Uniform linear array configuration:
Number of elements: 48
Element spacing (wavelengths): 1
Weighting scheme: hann
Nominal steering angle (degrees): -30
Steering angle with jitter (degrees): -28.533
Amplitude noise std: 0.05
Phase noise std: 0.05

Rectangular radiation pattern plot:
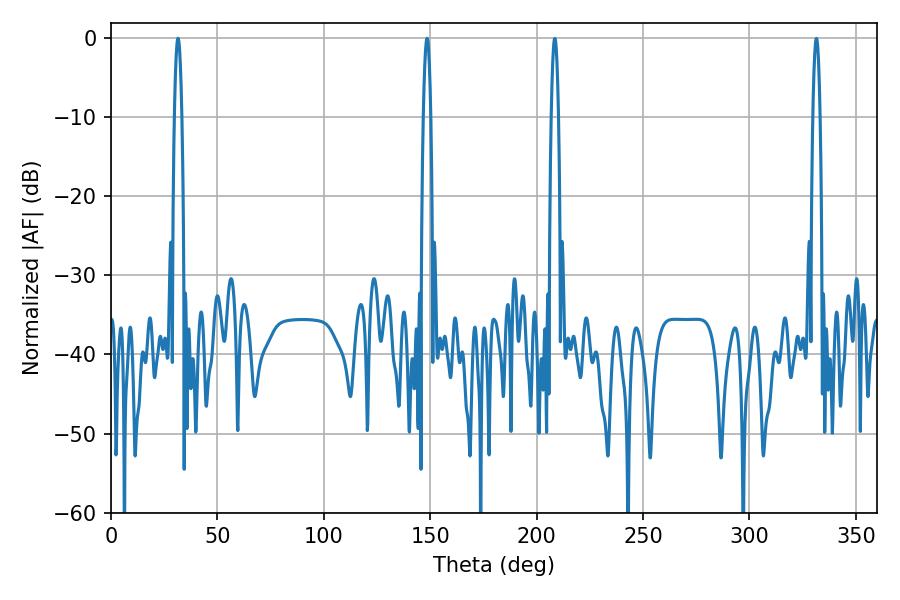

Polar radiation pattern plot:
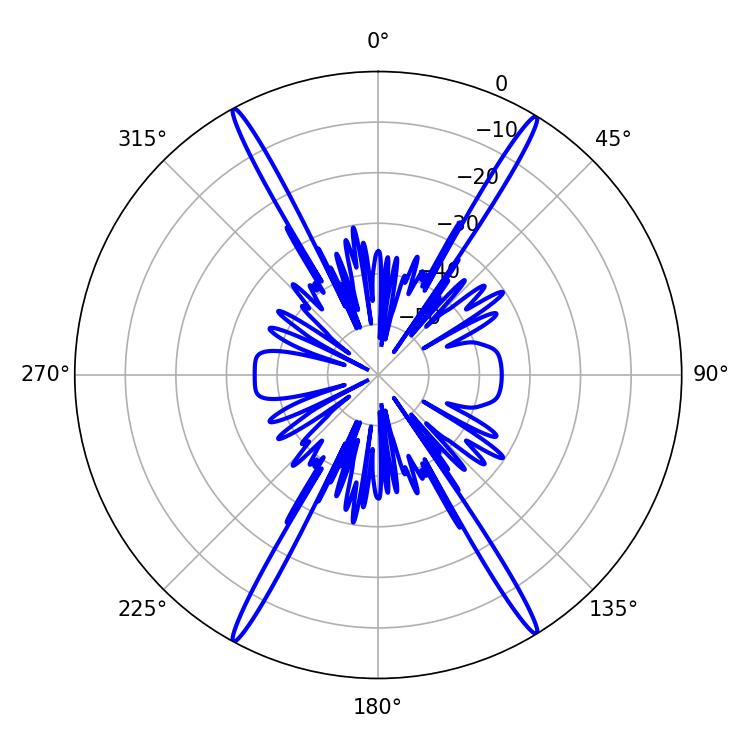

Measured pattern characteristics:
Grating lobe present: TRUE
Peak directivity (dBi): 26.471
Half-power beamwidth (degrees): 1.8
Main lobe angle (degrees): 31.5